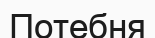
Потебня